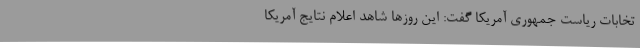
تخابات ریاست جمهوری آمریکا گفت: این روزها شاهد اعلام نتایج آمریکا